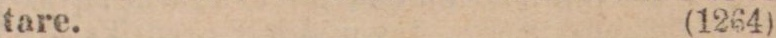
tare. (1264)